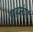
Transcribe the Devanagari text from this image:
बृहमांड